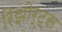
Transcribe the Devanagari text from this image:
रिझोर्ट्स